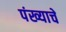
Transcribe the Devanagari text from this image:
पंख्याचे